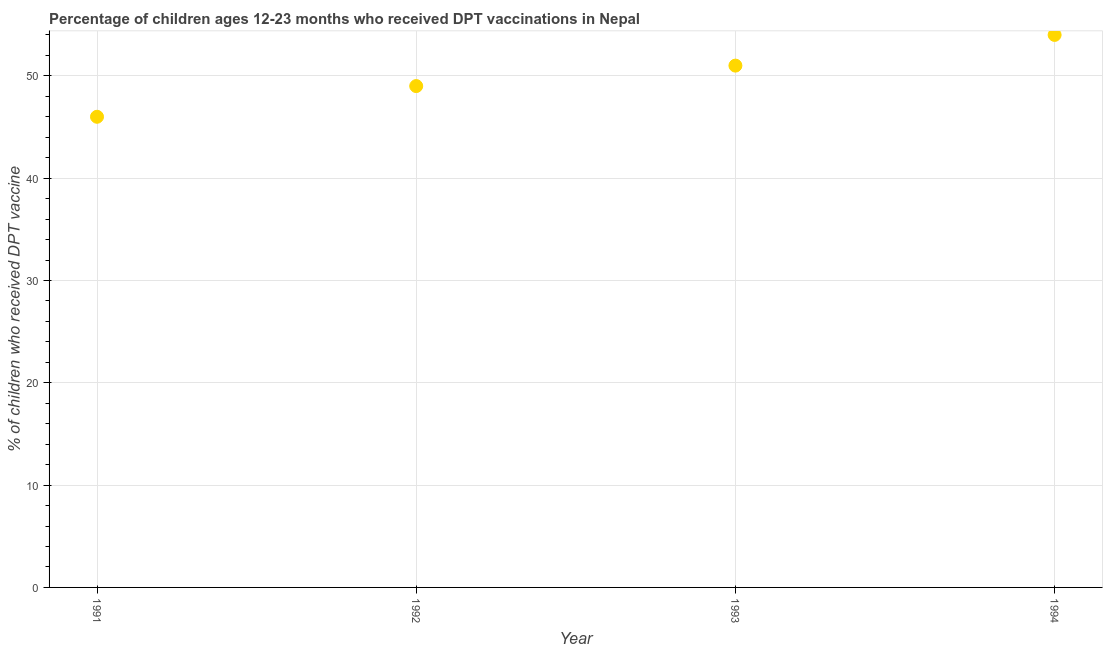
| Year | Immunization |
 | --- | --- |
 | 1991 | 46 |
 | 1992 | 49 |
 | 1993 | 51 |
 | 1994 | 54 |